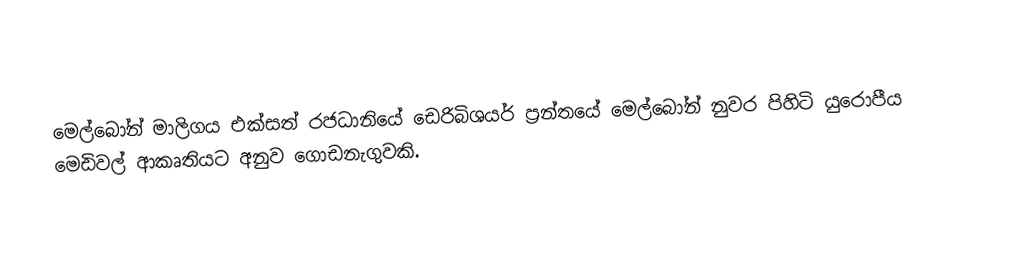
මෙල්බෝන් මාලිගය එක්සත් රජධානියේ ඩෙරිබිශයර් ප්‍රන්තයේ මෙල්බෝන් නුවර පිහිටි යුරොපීය මෙඩිවල් ආකෘතියට අනුව ගොඩනැගුවකි.